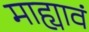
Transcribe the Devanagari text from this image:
माह्यावं